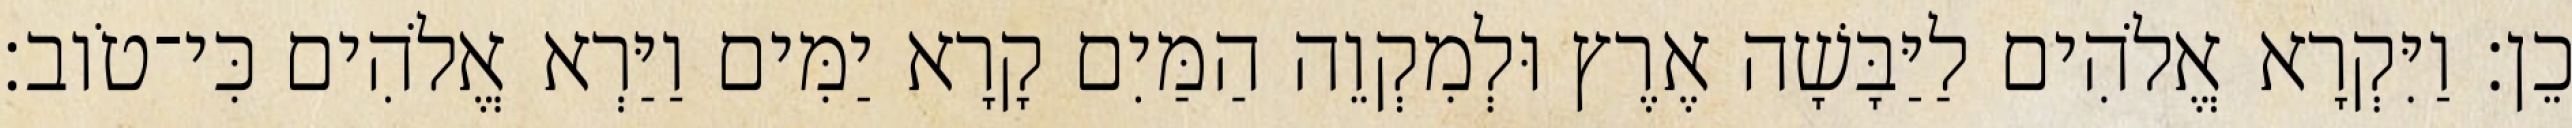
כֵן׃ וַיִּקְרָא אֱלֹהִים לַיַּבָּשָׁה אֶרֶץ וּלְמִקְוֵה הַמַּיִם קָרָא יַמִּים וַיַּרְא אֱלֹהִים כִּי־טֹוב׃